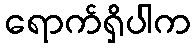
ရောက်ရှိပါက